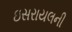
ઇસરાયલની